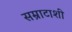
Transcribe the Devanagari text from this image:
सम्राटाशी